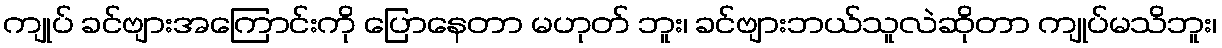
ကျုပ် ခင်ဗျားအကြောင်းကို ပြောနေတာ မဟုတ် ဘူး၊ ခင်ဗျားဘယ်သူလဲဆိုတာ ကျုပ်မသိဘူး၊